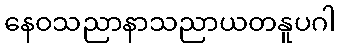
နေဝသညာနာသညာယတနူပဂါ